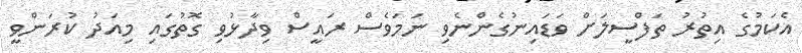
އެކަމުގެ އިތުރު ތަފްސީލަށް ވަޑައިނުގެންނެވި ނަމަވެސް ރައީސް ވިދާޅުވި ގޮތުގައި މިއަދު ކުރަންވީ